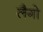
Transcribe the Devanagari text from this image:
लैगो